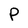
Character: P